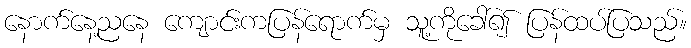
နောက်နေ့ညနေ ကျောင်းကပြန်ရောက်မှ သူ့ကိုခေါ်၍ ပြန်ထပ်ပြသည်။